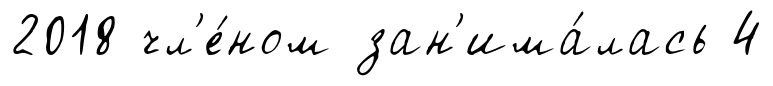
2018 чл'е́ном зан'има́лась 4